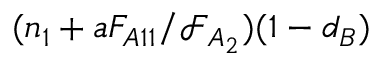
( n _ { 1 } + a F _ { A 1 1 } / \mathcal { F } _ { A _ { 2 } } ) ( 1 - d _ { B } )